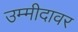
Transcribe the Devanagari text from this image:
उम्मीदावर